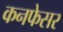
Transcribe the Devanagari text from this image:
कनफेसर